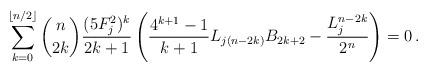
LaTeX: \begin{align*}\sum_{k=0}^{\lfloor{n}/{2}\rfloor}\binom{n}{2k} \frac{(5F^2_j)^k}{2k+1} \left(\frac{4^{k+1}-1}{k+1}L_{j(n-2k)}{B_{2k+2}}-\frac{L_j^{n-2k}}{2^n}\right) = 0\,.\end{align*}